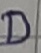
Text: D